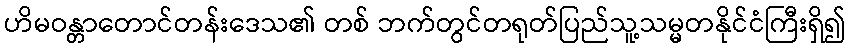
ဟိမဝန္တာတောင်တန်းဒေသ၏ တစ် ဘက်တွင်တရုတ်ပြည်သူ့သမ္မတနိုင်ငံကြီးရှိ၍